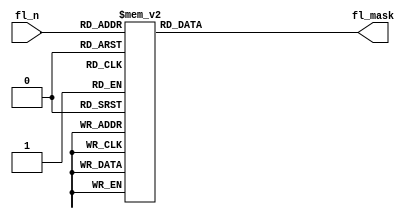
module pdp1_flg_offset(fl_n, fl_mask);
   input [0:2] fl_n;
   output reg [0:5] fl_mask;
   
   always @(fl_n) begin
      case(fl_n)
	3'b000:
	  fl_mask <= 6'b000000;
	3'b001:
	  fl_mask <= 6'b000001;
	3'b010:
	  fl_mask <= 6'b000010;
	3'b011:
	  fl_mask <= 6'b000100;
	3'b100:
	  fl_mask <= 6'b001000;
	3'b101:
	  fl_mask <= 6'b010000;
	3'b110:
	  fl_mask <= 6'b100000;
	3'b111:
	  fl_mask <= 6'b111111;
      endcase // case (op_mask[9:11])
   end // always @ (w_pf_immed or sk_pf)
   
endmodule